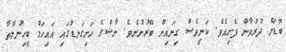
ބޮޑަށް ދުރުވާން ފެށިއެވެ. ކަނީވެސް ގިނައިން ބޭރުންނެވެ. ނާޝްގެ ހަށިގަނޑުގައި އައިހަމް ބީހިނުލާތާ